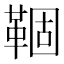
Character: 𬰦